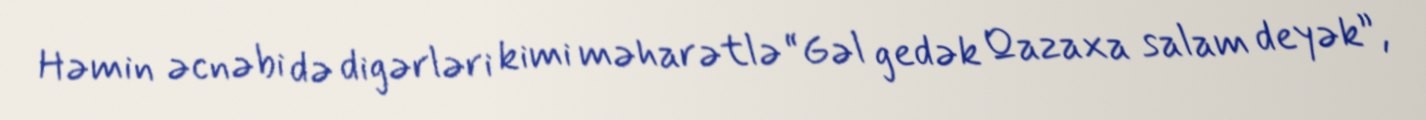
Həmin əcnəbi də digərləri kimi məharətlə “Gəl gedək Qazaxa salam deyək”,